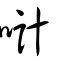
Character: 𠸥